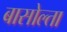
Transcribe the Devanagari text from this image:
बासोल्ता